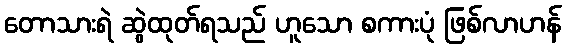
တောသားရဲ ဆွဲထုတ်ရသည် ဟူသော စကားပုံ ဖြစ်လာဟန်